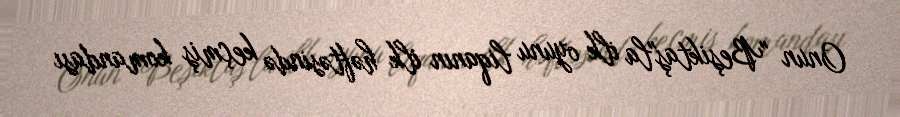
Onun "Beşiktaş"la ilk oyunu liqanın ilk həftəsində keçmiş komandası